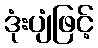
ဒုံးပျံဖြင့်